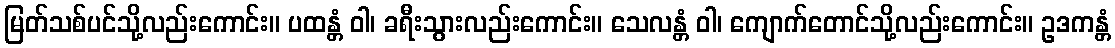
မြတ်သစ်ပင်သို့လည်းကောင်း။ ပထန္တံ ဝါ၊ ခရီးသွားလည်းကောင်း။ သေလန္တံ ဝါ၊ ကျောက်တောင်သို့လည်းကောင်း။ ဥဒကန္တံ